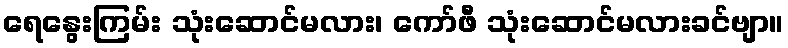
ရေနွေးကြမ်း သုံးဆောင်မလား၊ ကော်ဖီ သုံးဆောင်မလားခင်ဗျာ။